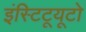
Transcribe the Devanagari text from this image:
इंस्टिटूयूटो